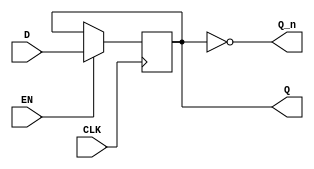
module edge_triggered_gated_latch (
    input wire D,         // Data input
    input wire EN,        // Enable signal
    input wire CLK,       // Clock signal
    output reg Q,         // Output signal
    output wire Q_n       // Complement of Q
);

    assign Q_n = ~Q; // Complement of Q

    always @(posedge CLK) begin
        if (EN) begin
            Q <= D; // Capture D on rising edge of CLK if EN is high
        end
        // If EN is low, Q retains its previous value
    end

endmodule